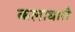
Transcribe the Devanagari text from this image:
कलाधारी